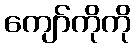
ကျော်ကိုကို